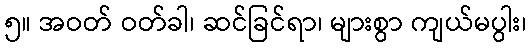
၅။ အဝတ် ဝတ်ခါ၊ ဆင်ခြင်ရာ၊ များစွာ ကျယ်မပွါး၊